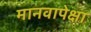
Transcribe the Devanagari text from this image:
मानवापेक्षा